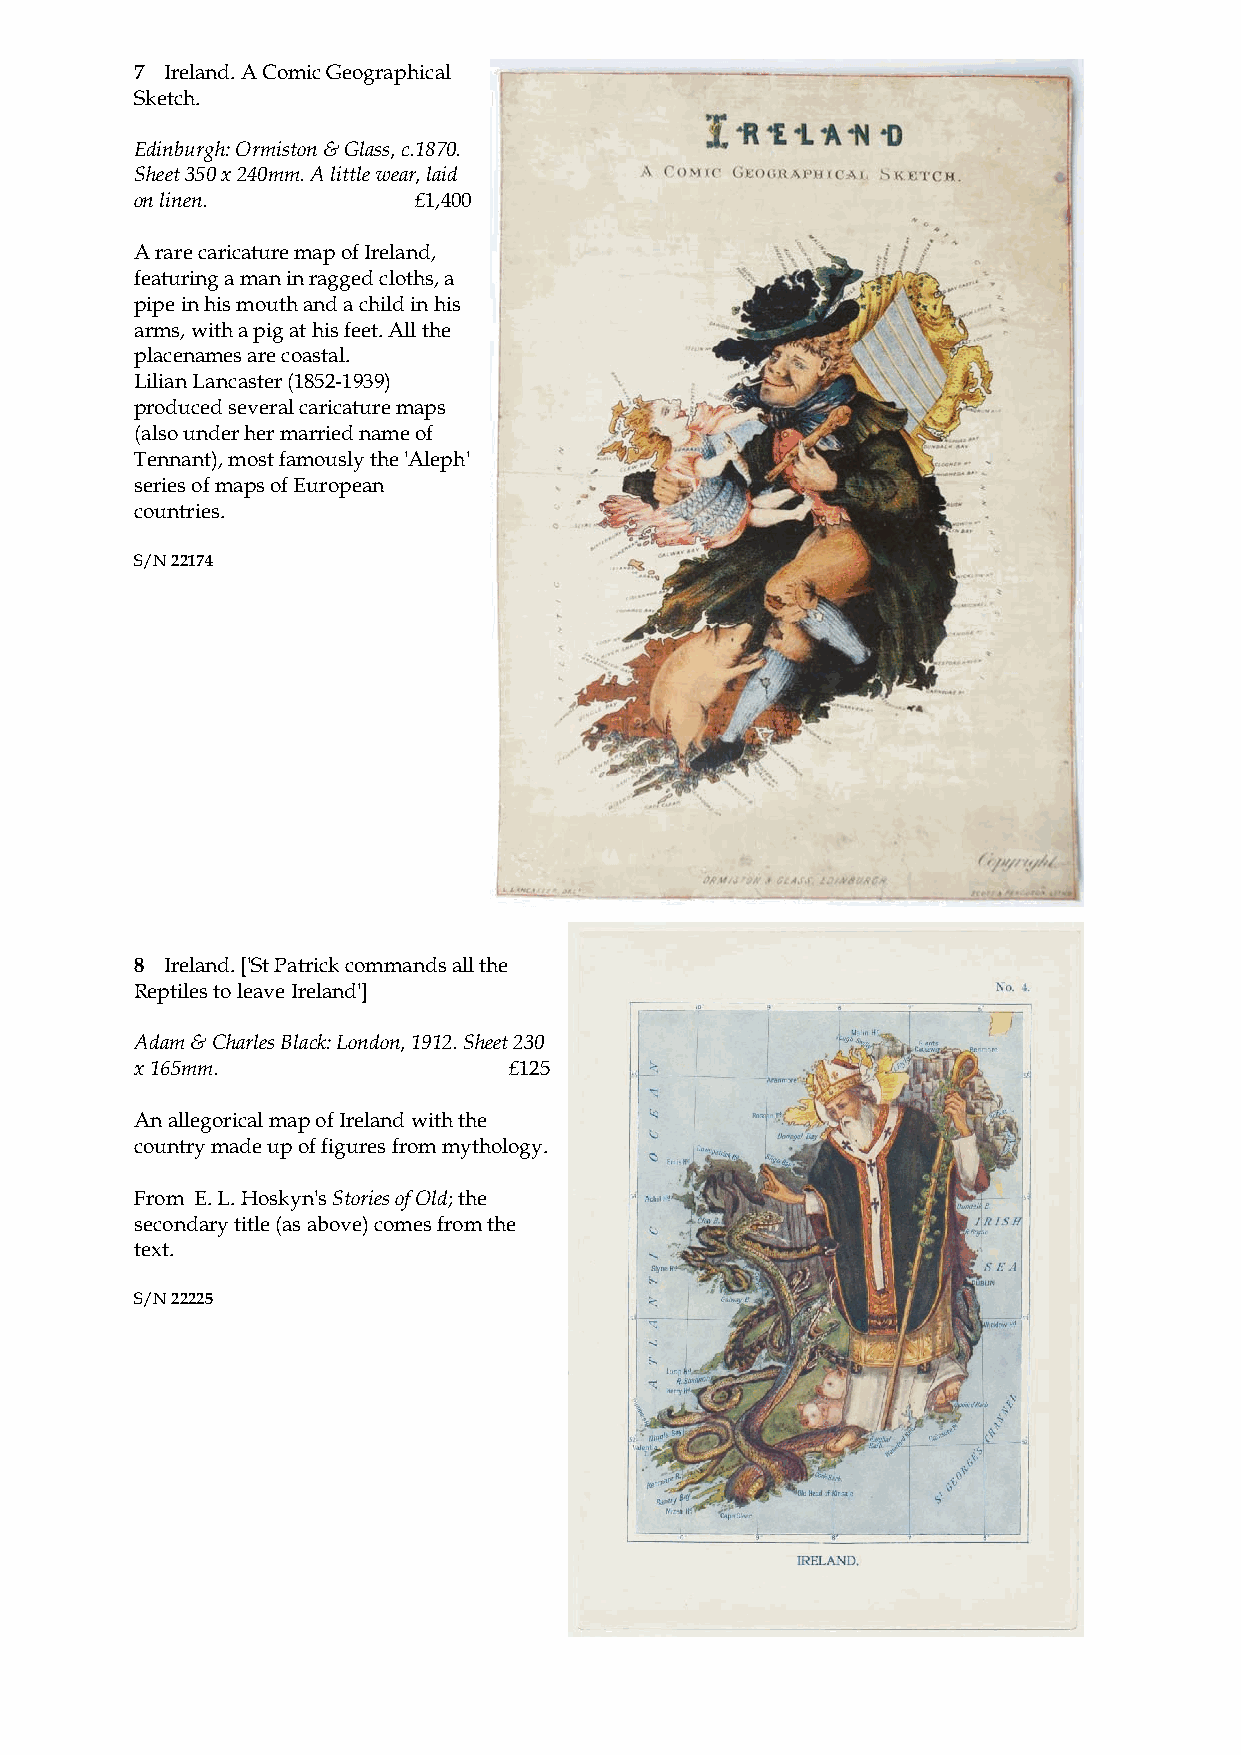
7 Ireland. A Comic Geographical
 Sketch.
 Edinburgh: Ormiston & Glass, c.1870.
 Sheet 350 x 240mm. A little wear, laid
 on linen.         £1,400
 A rare caricature map of Ireland,
 featuring a man in ragged cloths, a
 pipe in his mouth and a child in his
 arms, with a pig at his feet. All the
 placenames are coastal.
 Lilian Lancaster (1852-1939)
 produced several caricature maps
 (also under her married name of
 Tennant), most famously the 'Aleph'
 series of maps of European
 countries.
 S/N 22174
 8 Ireland. ['St Patrick commands all the
 Reptiles to leave Ireland']
 Adam & Charles Black: London, 1912. Sheet 230
 x 165mm.                 £125
 An allegorical map of Ireland with the
 country made up of figures from mythology.
 From E. L. Hoskyn's Stories of Old; the
 secondary title (as above) comes from the
 text.
 S/N 22225